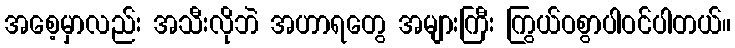
အစေ့မှာလည်း အသီးလိုဘဲ အဟာရတွေ အများကြီး ကြွယ်ဝစွာပါဝင်ပါတယ်။